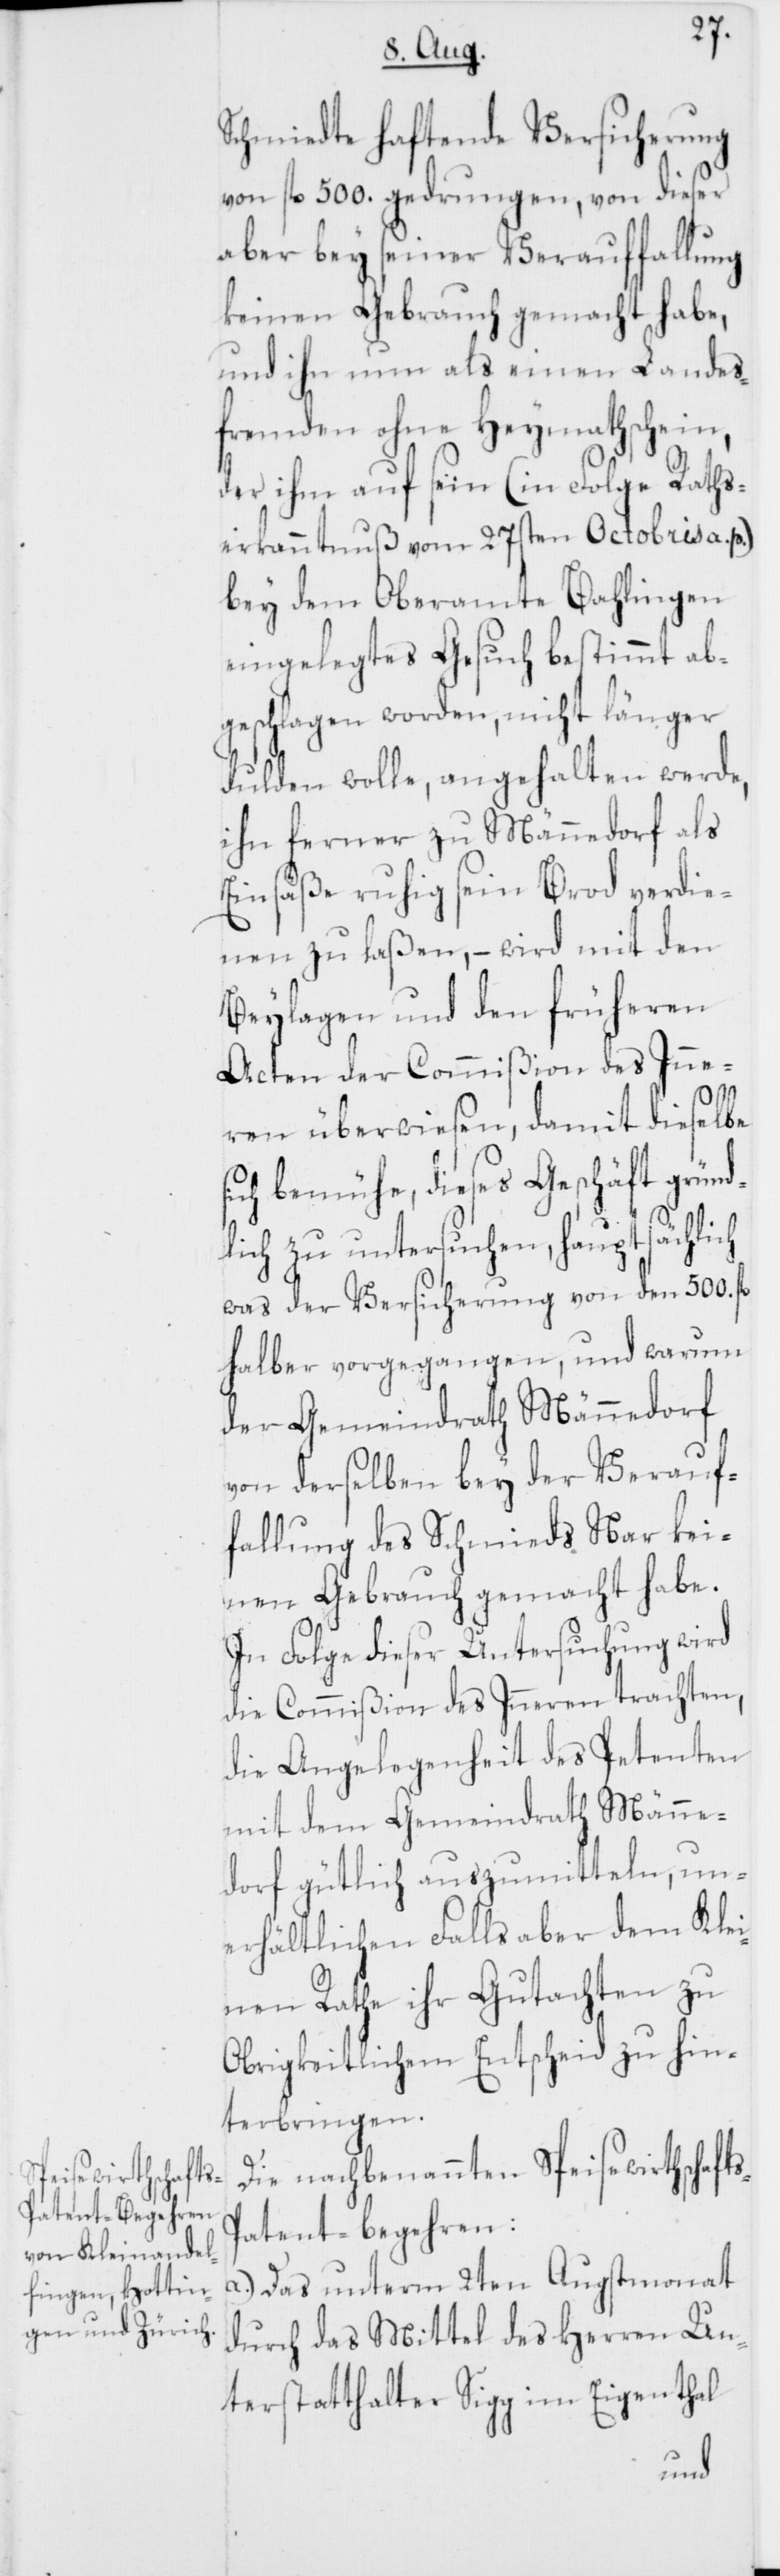
s-P¬
Schmiedte haftende Versicherung
von fl. 500. gedrungen, von dieser
aber bey seiner Verauffallung
keinen Gebrauch gemacht habe,
und ihn nun als einen Landes¬
fremden ohne Heymathschein,
der ihm auf sein (in Folge Raths¬
erkanntnuß vom 27sten Octobris a. p.)
bey dem Oberamte Bahlingen
eingelegtes Gesuch bestimmt ab¬
geschlagen worden, nicht länger
dulden wolle, angehalten werde,
ihn ferner zu Männedorf als
Einsäße ruhig sein Brod verdie¬
nen zu laßen, – wird mit den
Beylagen und den früheren
Acten der Commißion des Inne¬
ren überwiesen, damit dieselbe
sich bemühe, dieses Geschäft gründ¬
lich zu untersuchen, hauptsächlich
was der Versicherung von den 500.
halber vorgegangen, und warum
der Gemeindrath Männedorf
von derselben bey der Verauf¬
fallung des Schmieds Nar kei¬
nen Gebrauch gemacht habe.
In Folge dieser Untersuchung wird
die Commißion des Inneren trachten,
die Angelegenheit des Petenten
mit dem Gemeindrath Männe¬
dorf gütlich auszumitteln, un¬
erhältlichen Falls aber dem Klei¬
nen Rathe ihr Gutachten zu
Obrigkeitlichem Entscheid zu hin¬
terbringen.
Die nachbenannten Speisewirthschaft¬
atent-begehren:
a.) Das unterm 2ten Augstmonat
durch das Mittel des Herren Un¬
terstatthalter Sigg im Eigenthal